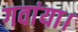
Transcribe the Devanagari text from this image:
गवांया।